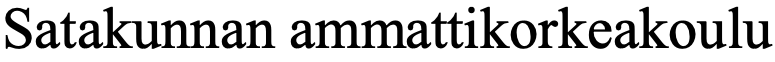
Satakunnan ammattikorkeakoulu